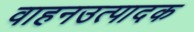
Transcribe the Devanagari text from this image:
वाहनउत्पादक